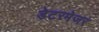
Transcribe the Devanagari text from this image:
डेटरमेजर